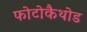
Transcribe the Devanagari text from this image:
फोटोकैथोड